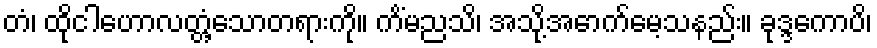
တံ၊ ထိုငါဟောလတ္တံ့သောတရားကို။ ကိံမညသိ၊ အသို့အောက်မေ့သနည်း။ ခုဒ္ဒကောပိ၊